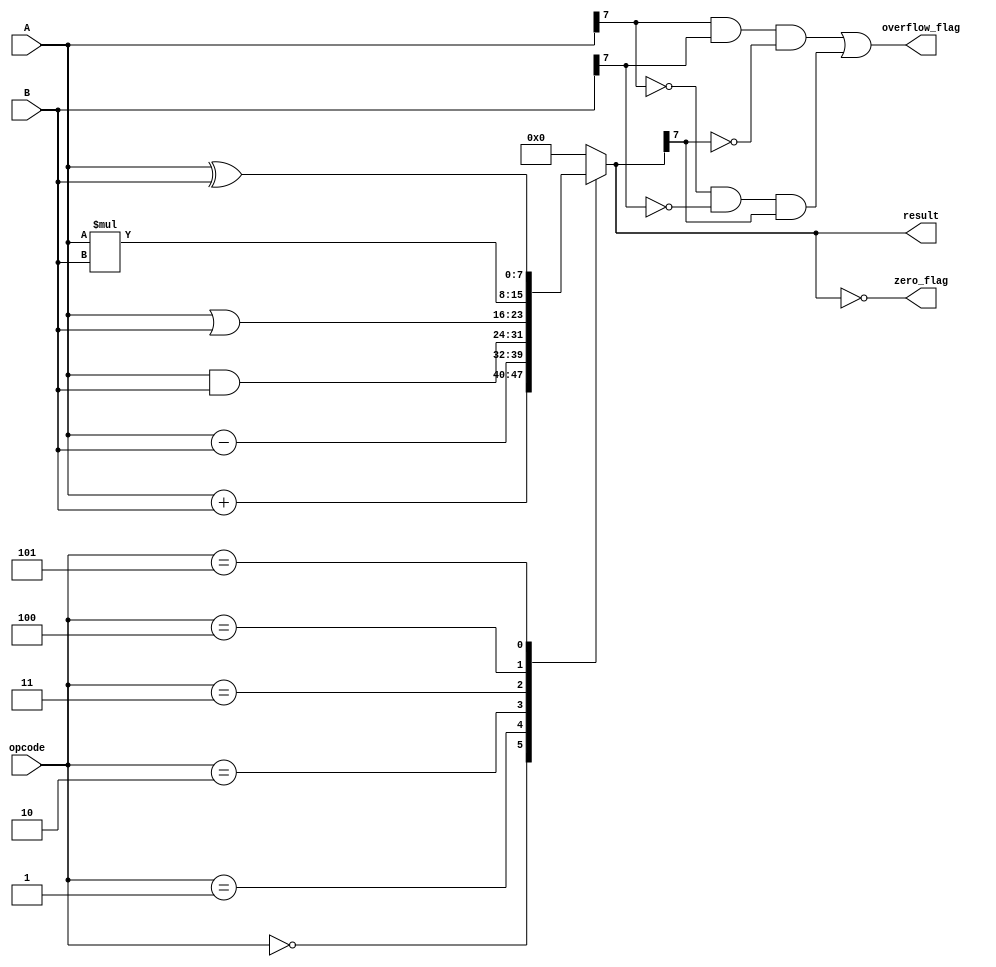
module ALU_8bit (
  input [7:0] A,
  input [7:0] B,
  input [2:0] opcode,
  output reg [7:0] result,
  output reg zero_flag,
  output reg overflow_flag
);

  reg [8:0] temp_result; 

  always @*
    case (opcode)
      3'b000: result = A + B; // Addition
      3'b001: result = A - B; // Subtraction
      3'b010: result = A & B; // AND
      3'b011: result = A | B; // OR
      3'b100: begin 
                temp_result = A * B;
                result = temp_result[7:0];
              end
      3'b101: result = A ^ B; // XOR
      default: result = 8'b00000000;
    endcase

  always @*
    zero_flag = (result == 8'b00000000);

  always @*
    overflow_flag = ((A[7] & B[7] & ~result[7]) | (~A[7] & ~B[7] & result[7]));

endmodule